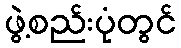
ဖွဲ့စည်းပုံတွင်